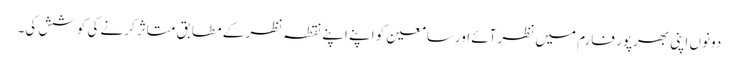
دونوں اپنی بھرپور فارم میں نظر آئے اورسامعین کو اپنے اپنے نقطہ نظر کے مطابق متاثر کرنے کی کوشش کی۔